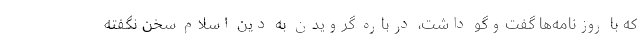
که با روزنامه‌ها گفت‌وگو داشت، درباره گرویدن به دین اسلام سخن نگفته